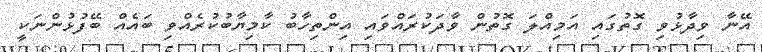
އޭނާ ވިދާޅުވި ގޮތުގައި އަމިއްލަ ގޮތުން ވާދަކުރައްވައި އިންތިހާބު ކާމިޔާބުކުރެއްވި ބައެއް ބޭފުޅުންނަކީ